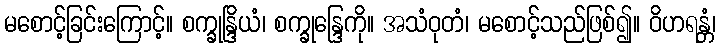
မစောင့်ခြင်းကြောင့်။ စက္ခုန္ဒြိယံ၊ စက္ခုန္ဒြေကို။ အသံဝုတံ၊ မစောင့်သည်ဖြစ်၍။ ဝိဟရန္တံ၊